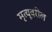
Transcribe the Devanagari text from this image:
मृत्यूवरील